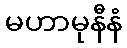
မဟာမုနီနံ